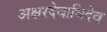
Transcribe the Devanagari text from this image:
अक्षरदेवाधिदेव